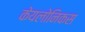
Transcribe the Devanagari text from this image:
केयलोनिकस